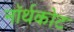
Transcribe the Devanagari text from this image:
नॉर्थकोट